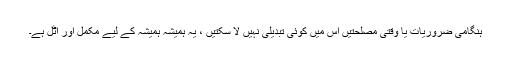
ہنگامی ضروریات یا وقتی مصلحتیں اس میں کوئی تبدیلی نہیں لا سکتیں ، یہ ہمیشہ ہمیشہ کے لیے مکمل اور اٹل ہے۔